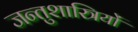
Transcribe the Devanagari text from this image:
जन्तुशास्त्रियों